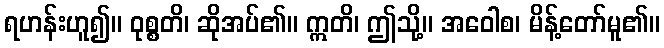
ရဟန်းဟူ၍။ ဝုစ္စတိ၊ ဆိုအပ်၏။ ဣတိ၊ ဤသို့။ အဝေါစ၊ မိန့်တော်မူ၏။